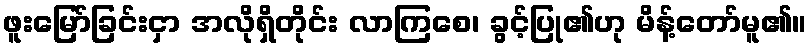
ဖူးမြော်ခြင်းငှာ အလိုရှိတိုင်း လာကြစေ၊ ခွင့်ပြု၏ဟု မိန့်တော်မူ၏။